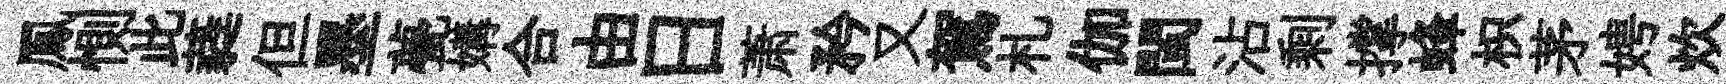
鳳惻此蕤但墨甍媾合由日萧矜又駕札伽閩沾剩撑蜂枳茅娉炊